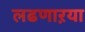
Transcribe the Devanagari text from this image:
लढणाऱया